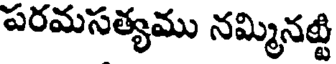
పరమసత్యము నమ్మినట్టి